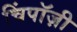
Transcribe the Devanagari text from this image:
चिंपाॅज़ी